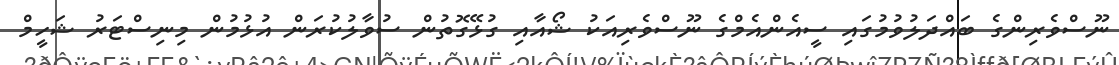
ނޫސްވެރިންގެ ބައްދަލުވުމުގައި ސީއެންއެމްގެ ނޫސްވެރިއަކު ޝޯއާއި ގުޅޭގޮތުން ސުވާލުކުރަން އުޅުމުން މިނިސްޓަރު ޝަހީމް